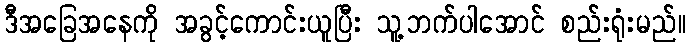
ဒီအခြေအနေကို အခွင့်ကောင်းယူပြီး သူ့ဘက်ပါအောင် စည်းရုံးမည်။